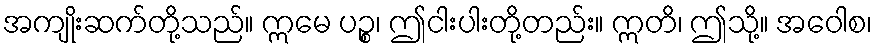
အကျိုးဆက်တို့သည်။ ဣမေ ပဉ္စ၊ ဤငါးပါးတို့တည်း။ ဣတိ၊ ဤသို့။ အဝေါစ၊